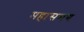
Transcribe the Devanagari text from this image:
महासमय